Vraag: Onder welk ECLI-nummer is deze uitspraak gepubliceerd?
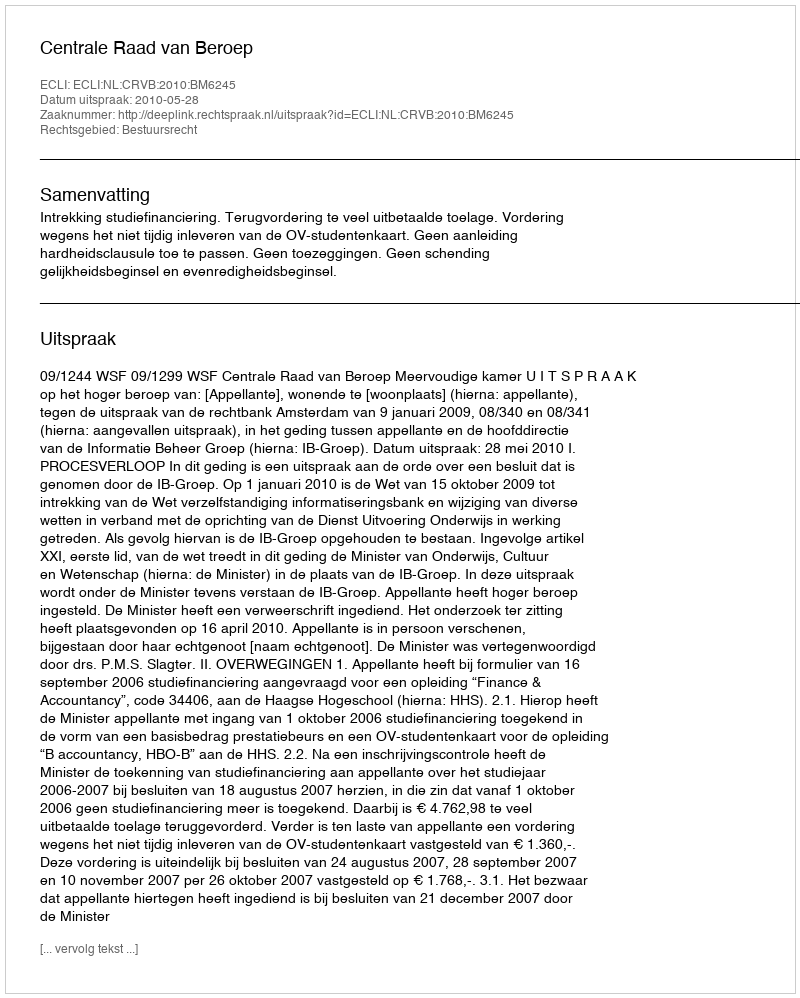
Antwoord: ECLI:NL:CRVB:2010:BM6245